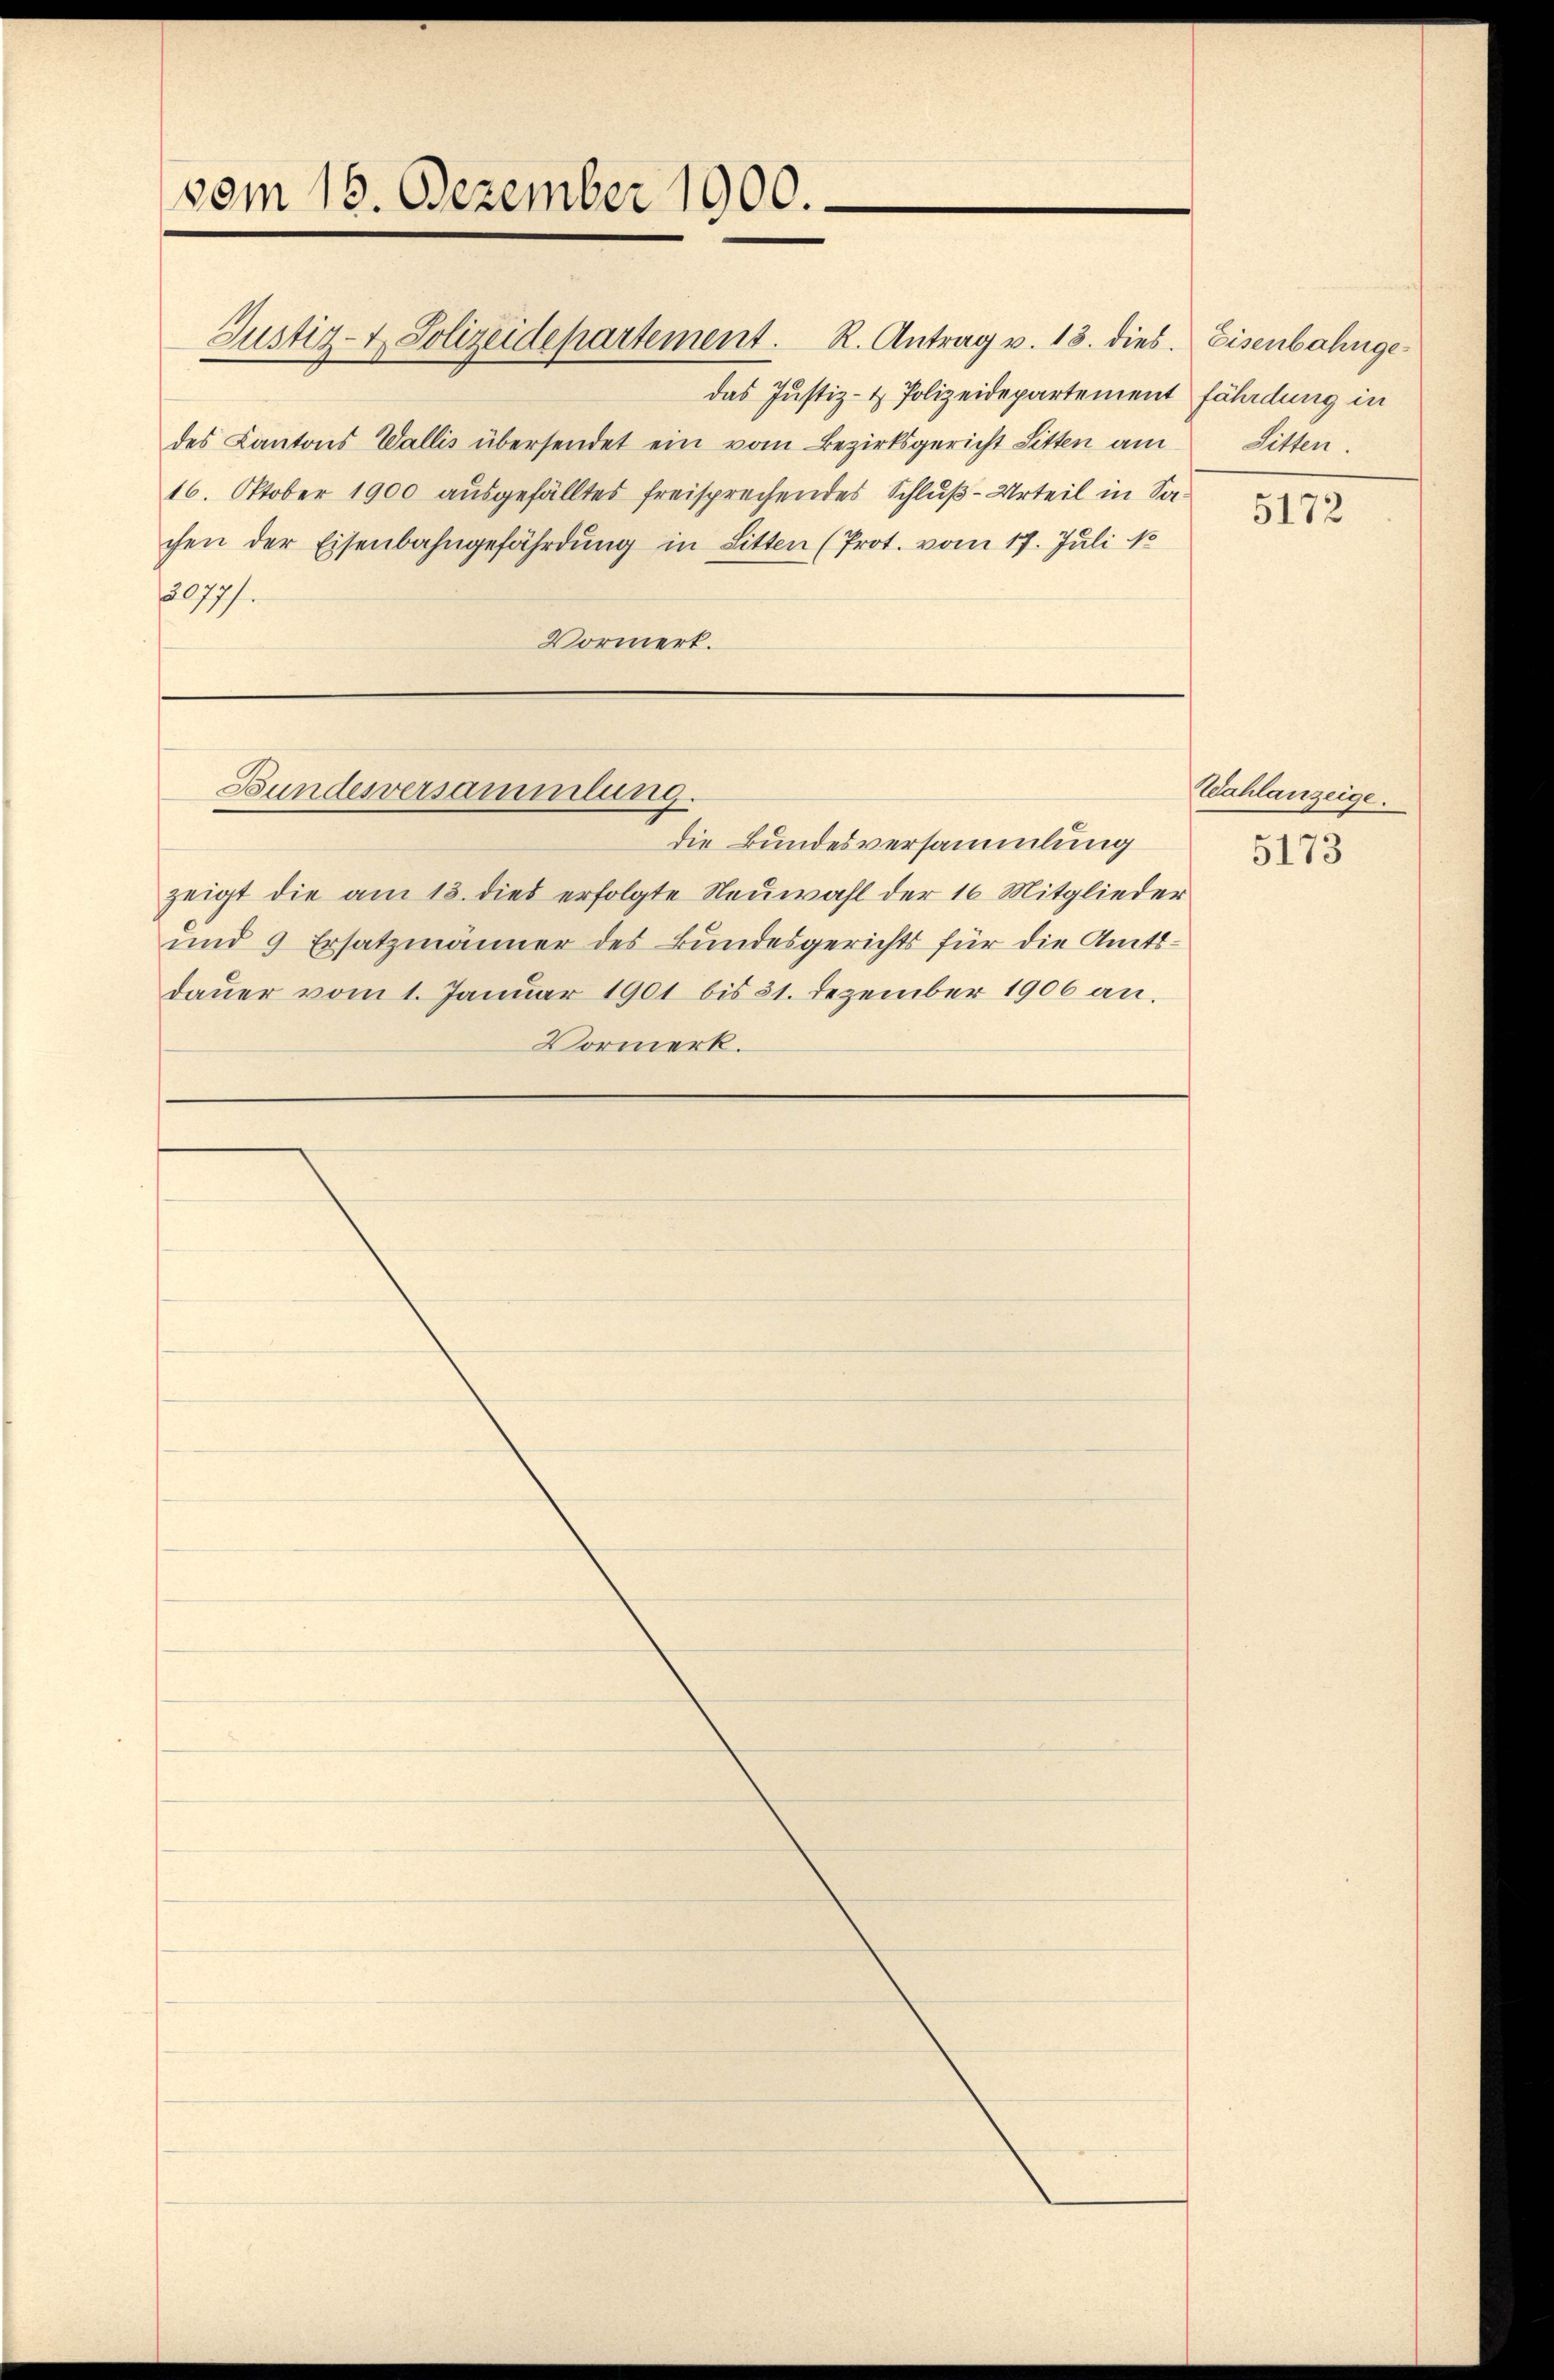
vom 16. Dezember 1900.

Justiz- & Polizeidepartement. R. Antrag v. 13. dies. Eisenbahnge
das Justiz- & Polizeidepartement
des Kantons Wallis übersendet ein vom Bezirksgericht Sitten am
16. Oktober 1900 ausgefälltes freisprechendes Schluß-Urteil in Sachen der Eisenbahngefährdung in Litten (Prot. vom 17. Juli 1
20777.
Vormerk.

Bundesversammlung.

die Bundesversammlung
zeigt die am 13. dies erfolgte Neuwahl der 16 Mitglieder
und 9 Ersatzmänner des Bundesgerichts für die Amtsdaŭer vom 1. Januar 1901 bis 31. Dezember 1906 an.
Vormerk.

fährdung in
Sitten.

5172

Wahlanzeige.